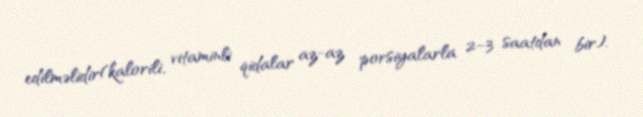
edilməlidir(kalorili, vitaminli qidalar az-az porsiyalarla 2–3 saatdan bir).